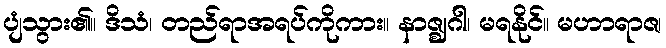
ပျံသွား၏။ ဒိသံ၊ တည်ရာအရပ်ကိုကား။ နာဇ္ဈဂါ၊ မရနိုင်။ မဟာရာဇ၊